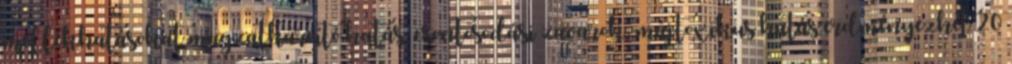
mellékhatásokat magzatkároító hatás, csontosodási zavarok, májtoxikus hatás erdményezhet 20